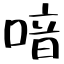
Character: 喑